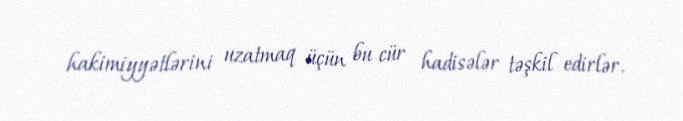
hakimiyyətlərini uzatmaq üçün bu cür hadisələr təşkil edirlər.